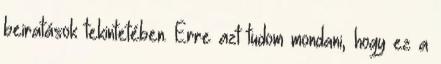
beiratások tekintetében. Erre azt tudom mondani, hogy ez a